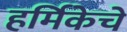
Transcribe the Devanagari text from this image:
हर्मिकेचे